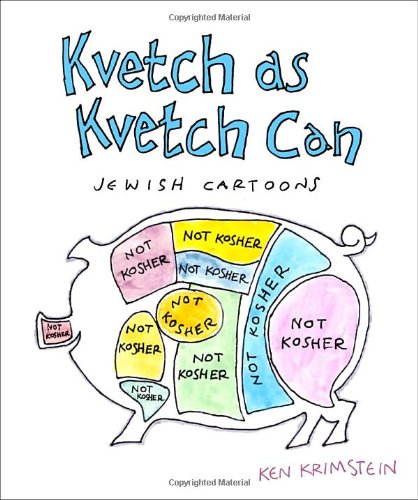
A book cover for Kvetch As Kvetch Can: Jewish Cartoons; Ken Krimstein; Humor & Entertainment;